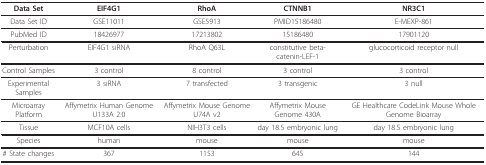
| Data Set | EIF4G1 | RhoA | CTNNB1 | NR3C1 |
 | --- | --- | --- | --- | --- |
 | Data Set ID | GSE11011 | GSE5913 | PMID15186480 | E-MEXP-861 |
 | PubMed ID | 18426977 | 17213802 | 15186480 | 17901120 |
 | Perturbation | EIF4G1 siRNA | RhoA Q63L | constitutive beta-catenin-LEF-1 | glucocorticoid receptor null |
 | Control Samples | 3 control | 8 control | 3 control | 3 control |
 | Experimental Samples | 3 siRNA | 7 transfected | 3 transgenic | 3 null |
 | Microarray Platform | Affymetrix Human Genome U133A 2.0 | Affymetrix Mouse Genome U74A v2 | Affymetrix Mouse Genome 430A | GE Healthcare CodeLink Mouse Whole Genome Bioarray |
 | Tissue | MCF10A cells | NIH3T3 cells | day 18.5 embryonic lung | day 18.5 embryonic lung |
 | Species | human | mouse | mouse | mouse |
 | # State changes | 367 | 1153 | 645 | 144 |